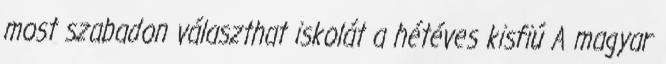
most szabadon választhat iskolát a hétéves kisfiú A magyar